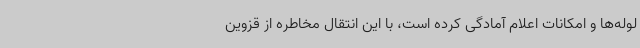
لوله‌ها و امکانات اعلام آمادگی کرده است، با این انتقال مخاطره از قزوین